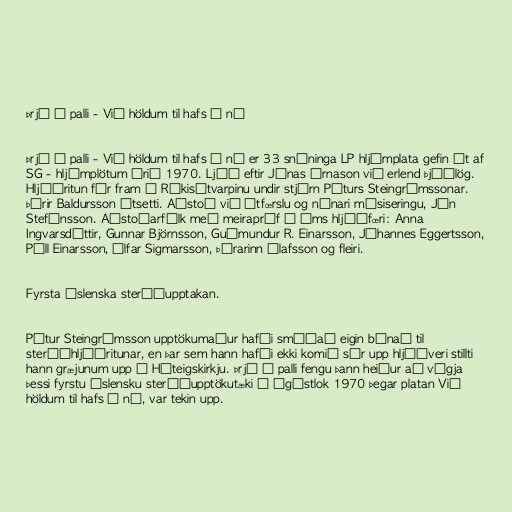
Þrjú á palli - Við höldum til hafs á ný

Þrjú á palli - Við höldum til hafs á ný er 33 snúninga LP hljómplata gefin út af
SG - hljómplötum árið 1970. Ljóð eftir Jónas Árnason við erlend þjóðlög.
Hljóðritun fór fram í Ríkisútvarpinu undir stjórn Péturs Steingrímssonar.
Þórir Baldursson útsetti. Aðstoð við útfœrslu og nánari músiseringu, Jón
Stefánsson. Aðstoðarfólk með meirapróf á ýms hljóðfœri: Anna
Ingvarsdóttir, Gunnar Björnsson, Guðmundur R. Einarsson, Jóhannes Eggertsson,
Páll Einarsson, Úlfar Sigmarsson, Þórarinn Ólafsson og fleiri.

Fyrsta íslenska steríóupptakan.

Pétur Steingrímsson upptökumaður hafði smíðað eigin búnað til
steríóhljóðritunar, en þar sem hann hafði ekki komið sér upp hljóðveri stillti
hann græjunum upp í Háteigskirkju. Þrjú á palli fengu þann heiður að vígja
þessi fyrstu íslensku steríóupptökutæki í ágústlok 1970 þegar platan Við
höldum til hafs á ný, var tekin upp.